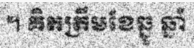
។ គិតត្រឹមខែឆ្នូ ឆ្នាំ